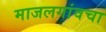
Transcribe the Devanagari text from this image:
माजलगांवचा